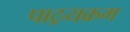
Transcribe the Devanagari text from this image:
पाठ्रयक्रम